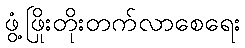
ဖွံ့ဖြိုးတိုးတက်လာစေရေး